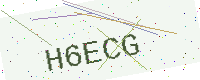
Text: H6ECG